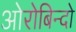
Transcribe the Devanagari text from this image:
ओरोबिन्दो